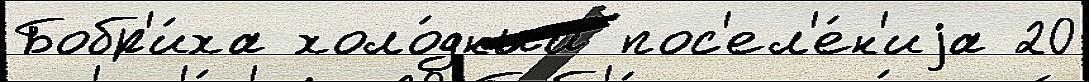
Бобр'и́ха холо́дный пос'ел'е́н'иjа 20